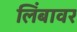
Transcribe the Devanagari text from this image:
लिंबावर